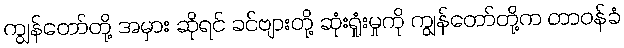
ကျွန်တော်တို့ အမှား ဆိုရင် ခင်ဗျားတို့ ဆုံးရှုံးမှုကို ကျွန်တော်တို့က တာဝန်ခံ